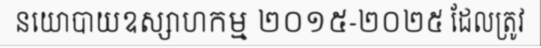
នយោបាយឧស្សាហកម្ម ២០១៥-២០២៥ ដែលត្រូវ